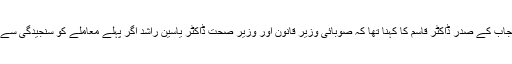
ینگ ڈاکٹرز ایسوسی ایشن پنجاب کے صدر ڈاکٹر قاسم کا کہنا تھا کہ صوبائی وزیر قانون اور وزیر صحت ڈاکٹر یاسین راشد اگر پہلے معاملے کو سنجیدگی سے لیتے تو یہ نوبت ہی نہ آتی۔